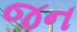
જન